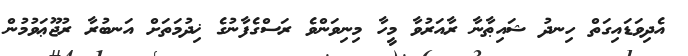
އެދިވަޑައިގަތް ހިނދު ޝައިޠާނާ ރާއަރުވާ މީހާ މިނިވަންވެ ރަސްގެފާނުގެ ޚިދުމަތަށް އަނބުރާ ރުޖޫޢަވުމުން